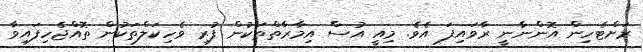
ރަށްޓެހިން އޮންނާނީ ރާވައިފަ އެވެ. މިއީ އުސް އިމާރާތްތަކުން ފުރި ވެހިކަލްތަކުން ތޮއްޖެހިފައިވާ